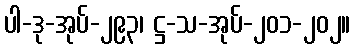
ပါ-ဒု-အုပ်-၂၉၃၊ ဋ္ဌ-သ-အုပ်-၂၀၁-၂၀၂။